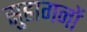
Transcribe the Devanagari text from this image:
सुहागनों